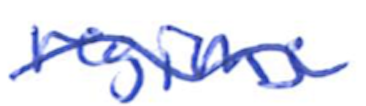
Text: regions
Cross-out: wave
Writing tool: ballpoint